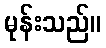
မုန်းသည်။